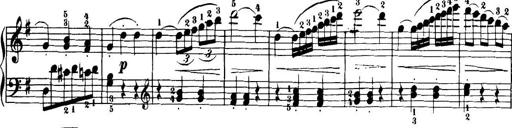
Title: 32 Sonatinas and Rondos for the Piano
Composer: Richard Kleinmichel